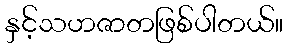
နှင့်သဟဇာတဖြစ်ပါတယ်။